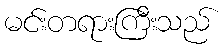
မင်းတရားကြီးသည်